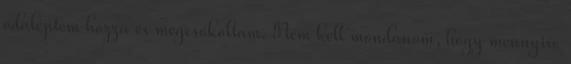
odaléptem hozzá és megcsókoltam. Nem kell mondanom, hogy mennyire